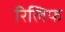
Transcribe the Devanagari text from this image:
रिलिफ